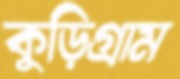
কুড়িগ্রাম